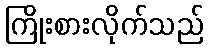
ကြိုးစားလိုက်သည်